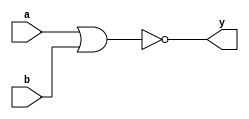
module SN7402_nor(
   input [3:0] a,
   input [3:0] b,
   output [3:0] y
);
   assign y = ~(a | b);
endmodule